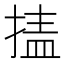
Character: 𰔉